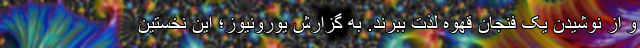
و از نوشیدن یک فنجان قهوه لذت ببرند. به گزارش یورونیوز؛ این نخستین